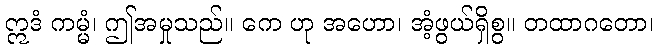
ဣဒံ ကမ္မံ၊ ဤအမှုသည်။ ကေ ဟု အဟော၊ အံ့ဖွယ်ရှိစွ။ တထာဂတော၊